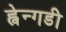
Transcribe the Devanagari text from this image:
ह्वेन्गडी